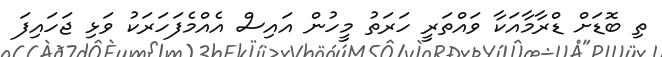
ތި ބޮޑަށް ޑްރާމާއަކާ ވައްތަރީ ހަރަތު މީހުން އައިސް އެއްމެފަހަރަކު ވަޅި ޖަހައިފަ